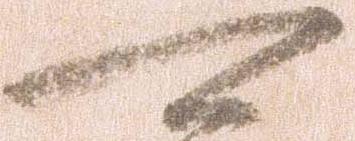
可